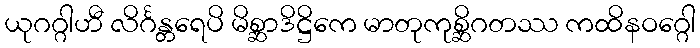
ယုဂဂ္ဂါဟီ လိင်္ဂန္တရေပိ မိစ္ဆာဒိဋ္ဌိကေ မာတုကုစ္ဆိဂတဿ ကထိနဝဂ္ဂေါ